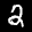
Label: 2